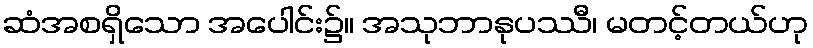
ဆံအစရှိသော အပေါင်း၌။ အသုဘာနုပဿီ၊ မတင့်တယ်ဟု